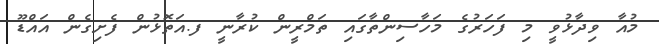
މުއާ ވިދާޅުވީ މި ފަހަރުގެ މަހާސިންތާގައި ތަމްރީން ކުރާނީ ފ.އަތޮޅުން ފެށިގެން އައްޑޫ